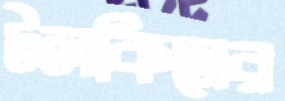
টলকিনের